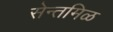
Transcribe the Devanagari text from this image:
सेन्तमिळ